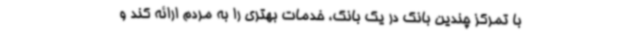
با تمرکز چندین بانک در یک بانک، خدمات بهتری را به مردم ارائه کند و